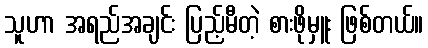
သူဟာ အရည်အချင်း ပြည့်မီတဲ့ စားဖိုမှူး ဖြစ်တယ်။